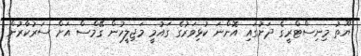
ޔޫތު މިނިސްޓްރީގެ ދަށުގައި އޮންނަ ކުޅިވަރުގެ ގައުމީ މަޖިލީހުން ގޭމްސް އަށް ސަރުކާރުން